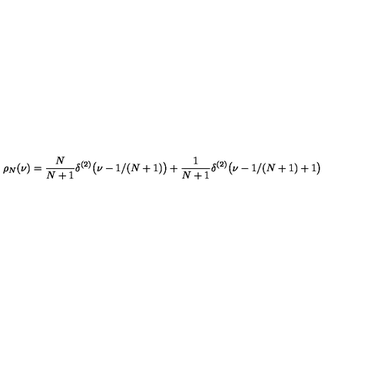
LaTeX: \rho _ { N } ( \nu ) = { \frac { N } { N + 1 } } \delta ^ { ( 2 ) } \bigl ( \nu - 1 / ( N + 1 ) \bigr ) + { \frac { 1 } { N + 1 } } \delta ^ { ( 2 ) } \bigl ( \nu - 1 / ( N + 1 ) + 1 \bigr )